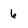
Character: 6